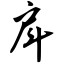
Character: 戽